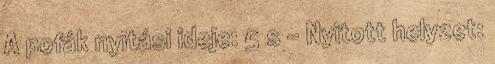
A pofák nyitási ideje: 5 s - Nyitott helyzet: